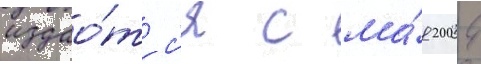
издао́тс'я с ма́я 2004